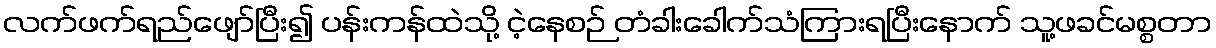
လက်ဖက်ရည်ဖျော်ပြီး၍ ပန်းကန်ထဲသို့ ငဲ့နေစဉ် တံခါးခေါက်သံကြားရပြီးနောက် သူ့ဖခင်မစ္စတာ